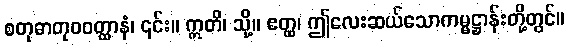
စတုဓာတုဝဝတ္ထာနံ၊ ၎င်း။ ဣတိ၊ သို့။ ဧတ္ထ၊ ဤလေးဆယ်သောကမ္မဋ္ဌာန်းတို့တွင်။